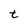
Character: t